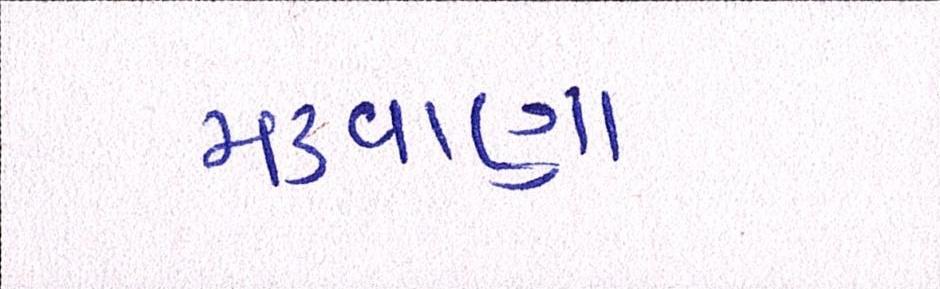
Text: મકવાણા